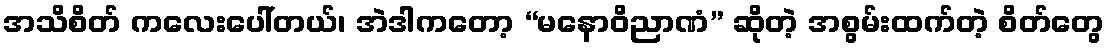
အသိစိတ် ကလေးပေါ်တယ်၊ အဲဒါကတော့ “မနောဝိညာဏံ” ဆိုတဲ့ အစွမ်းထက်တဲ့ စိတ်တွေ